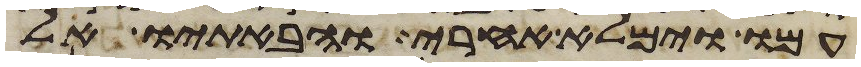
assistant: עמו וימלא אחרי והבאתיו אל